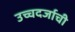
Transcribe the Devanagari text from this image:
उच्चदर्जाची